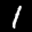
Label: 1